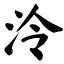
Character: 泠